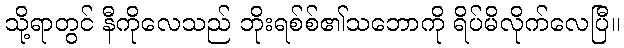
သို့ရာတွင် နီကိုလေသည် ဘိုးရစ်စ်၏သဘောကို ရိပ်မိလိုက်လေပြီ။